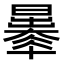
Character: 𣋦